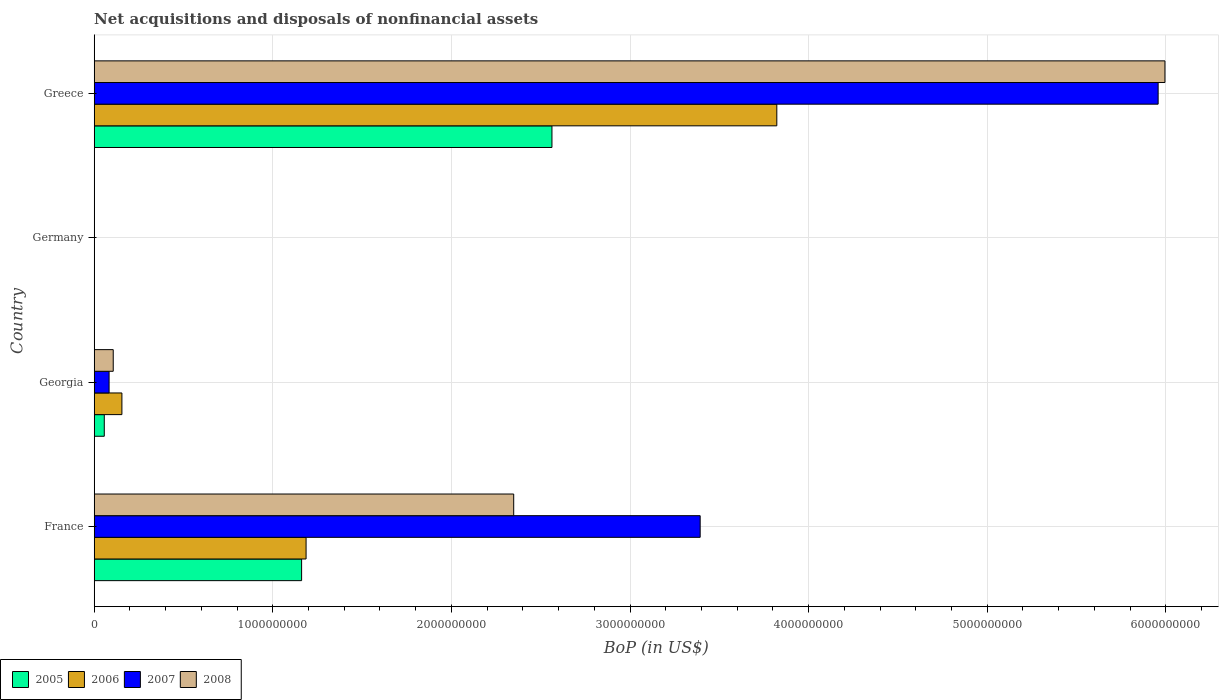
| Country | 2005 | 2006 | 2007 | 2008 |
 | --- | --- | --- | --- | --- |
 | France | 1.16e+09 | 1.19e+09 | 3.39e+09 | 2.35e+09 |
 | Georgia | 5.65e+07 | 1.55e+08 | 8.34e+07 | 1.07e+08 |
 | Germany | -3e+09 | -1.72e+09 | -2.32e+09 | -1.22e+09 |
 | Greece | 2.56e+09 | 3.82e+09 | 5.96e+09 | 6e+09 |